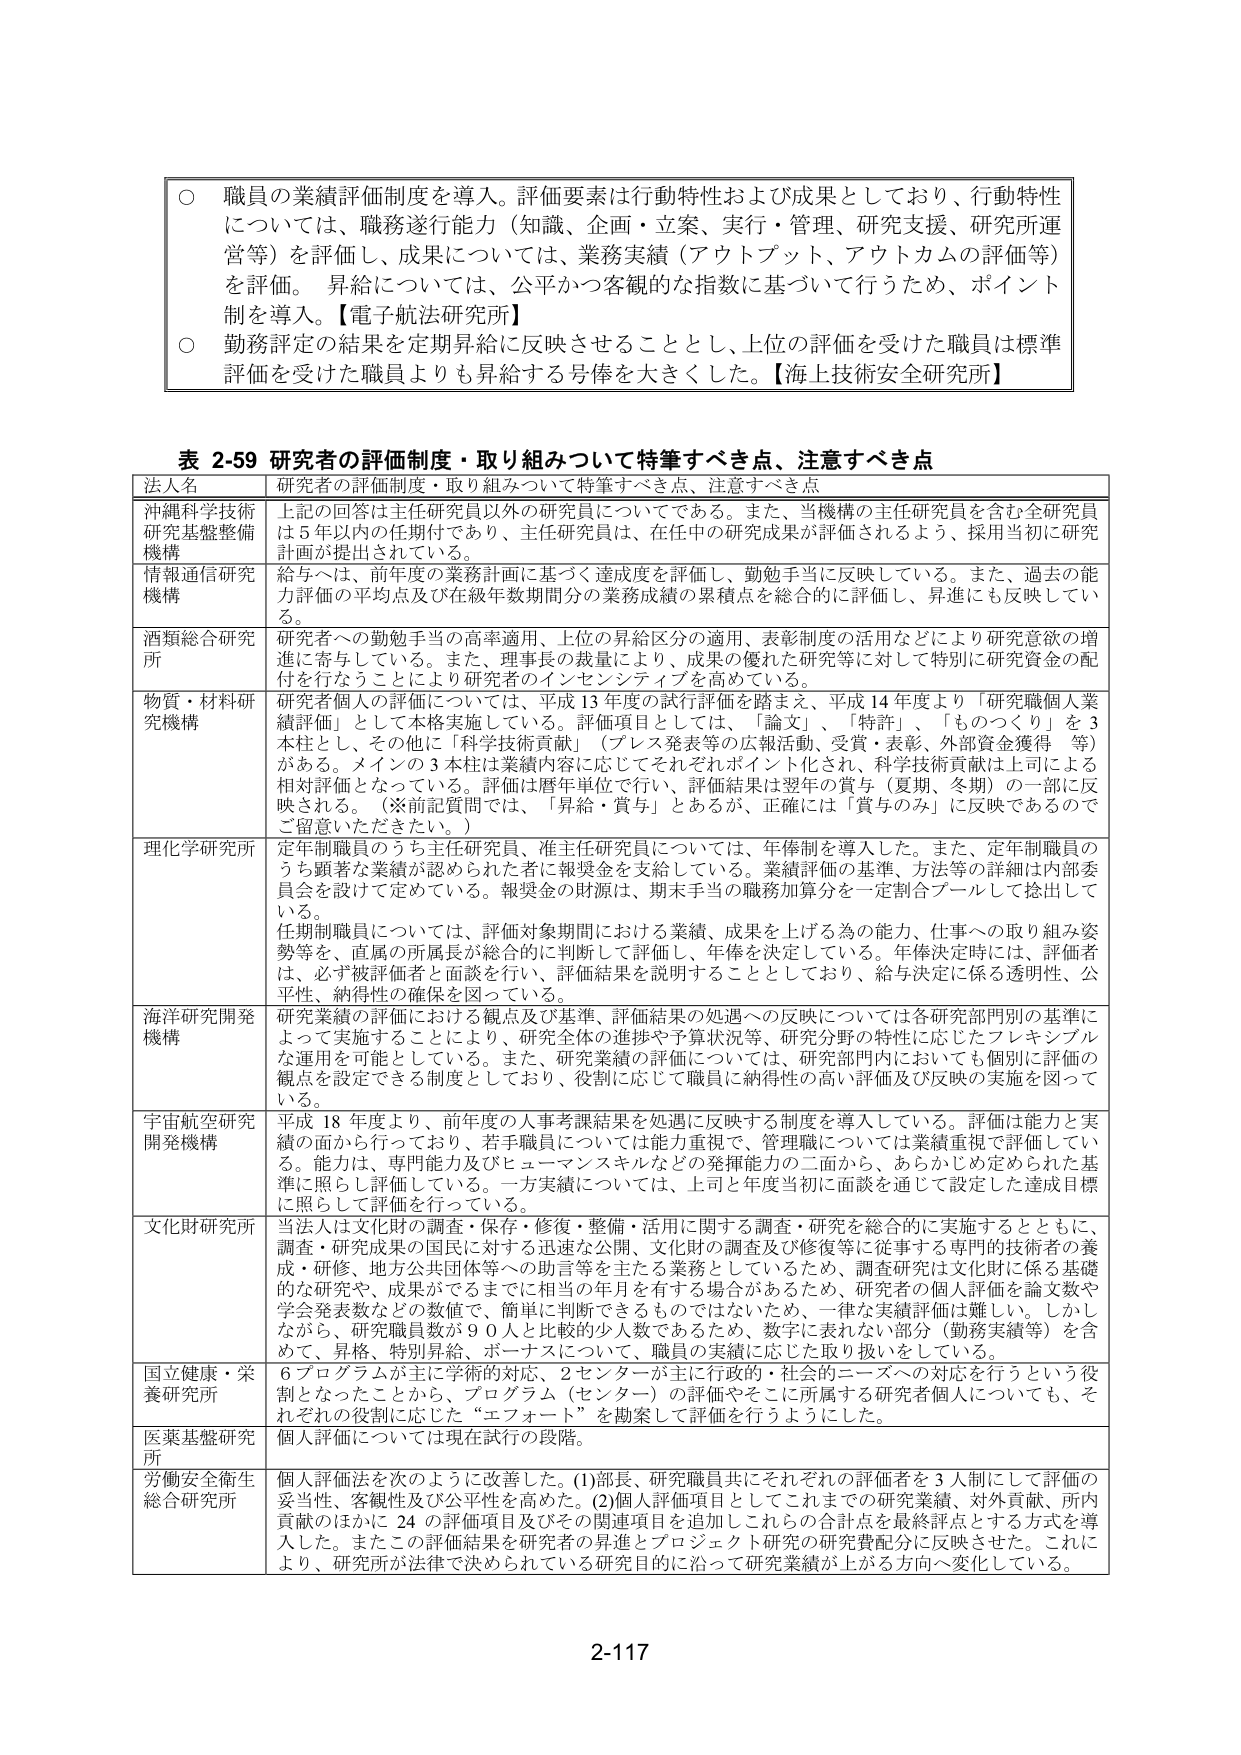
○ 職員の業績評価制度を導入。評価要素は行動特性および成果としており、行動特性については、職務遂行能力（知識・企画・立案・実行・管理・研究支援、研究所運営等）を評価し、成果については、業務実績（アウトプット、アウトカムの評価等）を評価。 昇給については、公平かつ客観的な指数に基づいて行うため、ポイント制を導入。【電子航法研究所】

○ 勤務評定の結果を定期昇給に反映させることとし、上位の評価を受けた職員は標準評価を受けた職員よりも昇給する号俸を大きくした。【海上技術安全研究所】

表 2-59 研究者の評価制度・取り組みについて特筆すべき点、注意すべき点

法人名 研究者の評価制度・取り組みについて特筆すべき点、注意すべき点

沖縄科学技術研究基盤整備機構 上記の回答は主任研究員以外の研究員についてである。また、当機構の主任研究員を含む全研究員は5年以内の任期付であり、主任研究員は、在任中の研究成果が評価されるよう、採用当初に研究計画が提出されている。

情報通信研究機構 給与へは、前年度の業務計画に基づく達成度を評価し、勤勉手当に反映している。また、過去の能力評価の平均点及び在級年数期間分の業務成績の累積点を総合的に評価し、昇進にも反映している。

酒類総合研究所 研究者への勤勉手当の高率適用、上位の昇給区分の適用、表彰制度の活用などにより研究意欲の増進に寄与している。また、理事長の裁量により、成果の優れた研究等に対して特別に研究資金の配付を行うことにより研究者のインセンティブを高めている。

物質・材料研究機構 研究者個人の評価については、平成13年度の試行評価を踏まえ、平成14年度より「研究職個人業績評価」として本格実施している。評価項目としては、「論文」、「特許」、「ものづくり」を3本柱とし、その他に「科学技術貢献」（プレス発表等の広報活動、受賞・表彰、外部資金獲得 等）がある。メインの3本柱は業績内容に応じてそれぞれポイント化され、科学技術貢献は上司による相対評価となっている。評価は暦年単位で行い、評価結果は翌年の賞与（夏期、冬期）の一部に反映される。（※前記質問では、「昇給・賞与」とあるが、正確には「賞与のみ」に反映であるのでご留意いただきたい。）

理化学研究所 定年制職員のうち主任研究員、准主任研究員については、年俸制を導入した。また、定年制職員のうち顕著な業績が認められた者に報奨金を支給している。業績評価の基準、方法等の詳細は内部委員会を設けて定めている。報奨金の財源は、期末手当の職務加算分を一定割合プールして捻出している。任期制職員については、評価対象期間における業績、成果を上げる為の能力、仕事への取り組み姿勢等を、直属の所属長が総合的に判断して評価し、年俸を決定している。年俸決定時には、評価者は、必ず被評価者と面談を行い、評価結果を説明することとしており、給与決定に係る透明性、公平性、納得性の確保を図っている。

海洋研究開発機構 研究業績の評価における観点及び基準、評価結果の処遇への反映については各研究部門別の基準によって実施することにより、研究全体の進捗や予算状況等、研究分野の特性に応じたフレキシブルな運用を可能としている。また、研究業績の評価については、研究部門内においても個別に評価の観点を設定できる制度としており、役割に応じて職員に納得性の高い評価及び反映の実施を図っている。

宇宙航空研究開発機構 平成18年度より、前年度の人事考課結果を処遇に反映する制度を導入している。評価は能力と実績の面から行っており、若手職員については能力重視で、管理職については業績重視で評価している。能力は、専門能力及びヒューマンスキルなどの発揮能力の二面から、あらかじめ定められた基準に照らして評価している。一方実績については、上司と年度当初に面談を通じて設定した達成目標に照らして評価を行っている。

文化財研究所 当法人は文化財の調査・保存・修復・整備・活用に関する調査・研究を総合的に実施するとともに、調査・研究成果の国民に対する迅速な公開、文化財の調査及び修復等に従事する専門的技術者の養成・研修、地方公共団体等への助言等を主たる業務としているため、調査研究は文化財に係る基礎的な研究や、成果がでるまでに相当の年月を有する場合があるため、研究者の個人評価を論文数や学会発表数などの数値で、簡単に判断できるものではないため、一律な実績評価は難しい。しかしながら、研究職員数が90人と比較的少人数であるため、数字に表れない部分（勤務実績等）を含めて、昇格、特別昇給、ボーナスについて、職員の実績に応じた取り扱いをしている。

国立健康・栄養研究所 6プログラムが主に学術的対応、2センターが主に行政的・社会的ニーズへの対応を行うという役割となったことから、プログラム（センター）の評価やそこに所属する研究者個人についても、それぞれの役割に応じた“エフォート”を勘案して評価を行うようにした。

医薬基盤研究所 個人評価については現在試行の段階。

労働安全衛生総合研究所 個人評価法を次のように改善した。(1)部長、研究職員共にそれぞれの評価者を3人制にして評価の妥当性、客観性及び公平性を高めた。(2)個人評価項目としてこれまでの研究業績、対外貢献、所内貢献のほかに24の評価項目及びその関連項目を追加しこれらの合計点を最終評点とする方式を導入した。またこの評価結果を研究者の昇進とプロジェクト研究の研究費配分に反映させた。これにより、研究所が法律で決められている研究目的に沿って研究業績が上がる方向へ変化している。

2-117